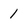
Character: 1